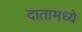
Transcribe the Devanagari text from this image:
दातामध्ये